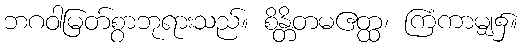
ဘဂဝါမြတ်စွာဘုရားသည်။ စိန္တိတမဧတ္ထ၊ ကြံကာမျှ၌။